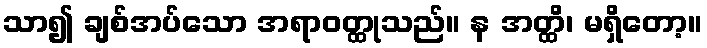
သာ၍ ချစ်အပ်သော အရာဝတ္ထုသည်။ န အတ္ထိ၊ မရှိတော့။